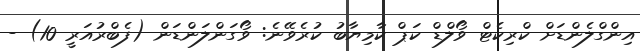
އިންގްލެންޑަށް ކްރިކެޓް ވޯލްޑް ކަޕް ކާމިޔާބު ކުރެވޭނެ: ވޯގަންލަންޑަން (ފެބްރުއަރީ 10) -